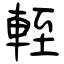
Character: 輊